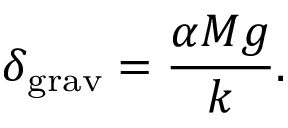
{ \delta _ { \mathrm { g r a v } } = \frac { \alpha M g } { k } . }